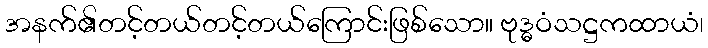
အနက်၏တင့်တယ်တင့်တယ်ကြောင်းဖြစ်သော။ ဗုဒ္ဓဝံသဋ္ဌကထာယံ၊